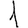
Digit: 1